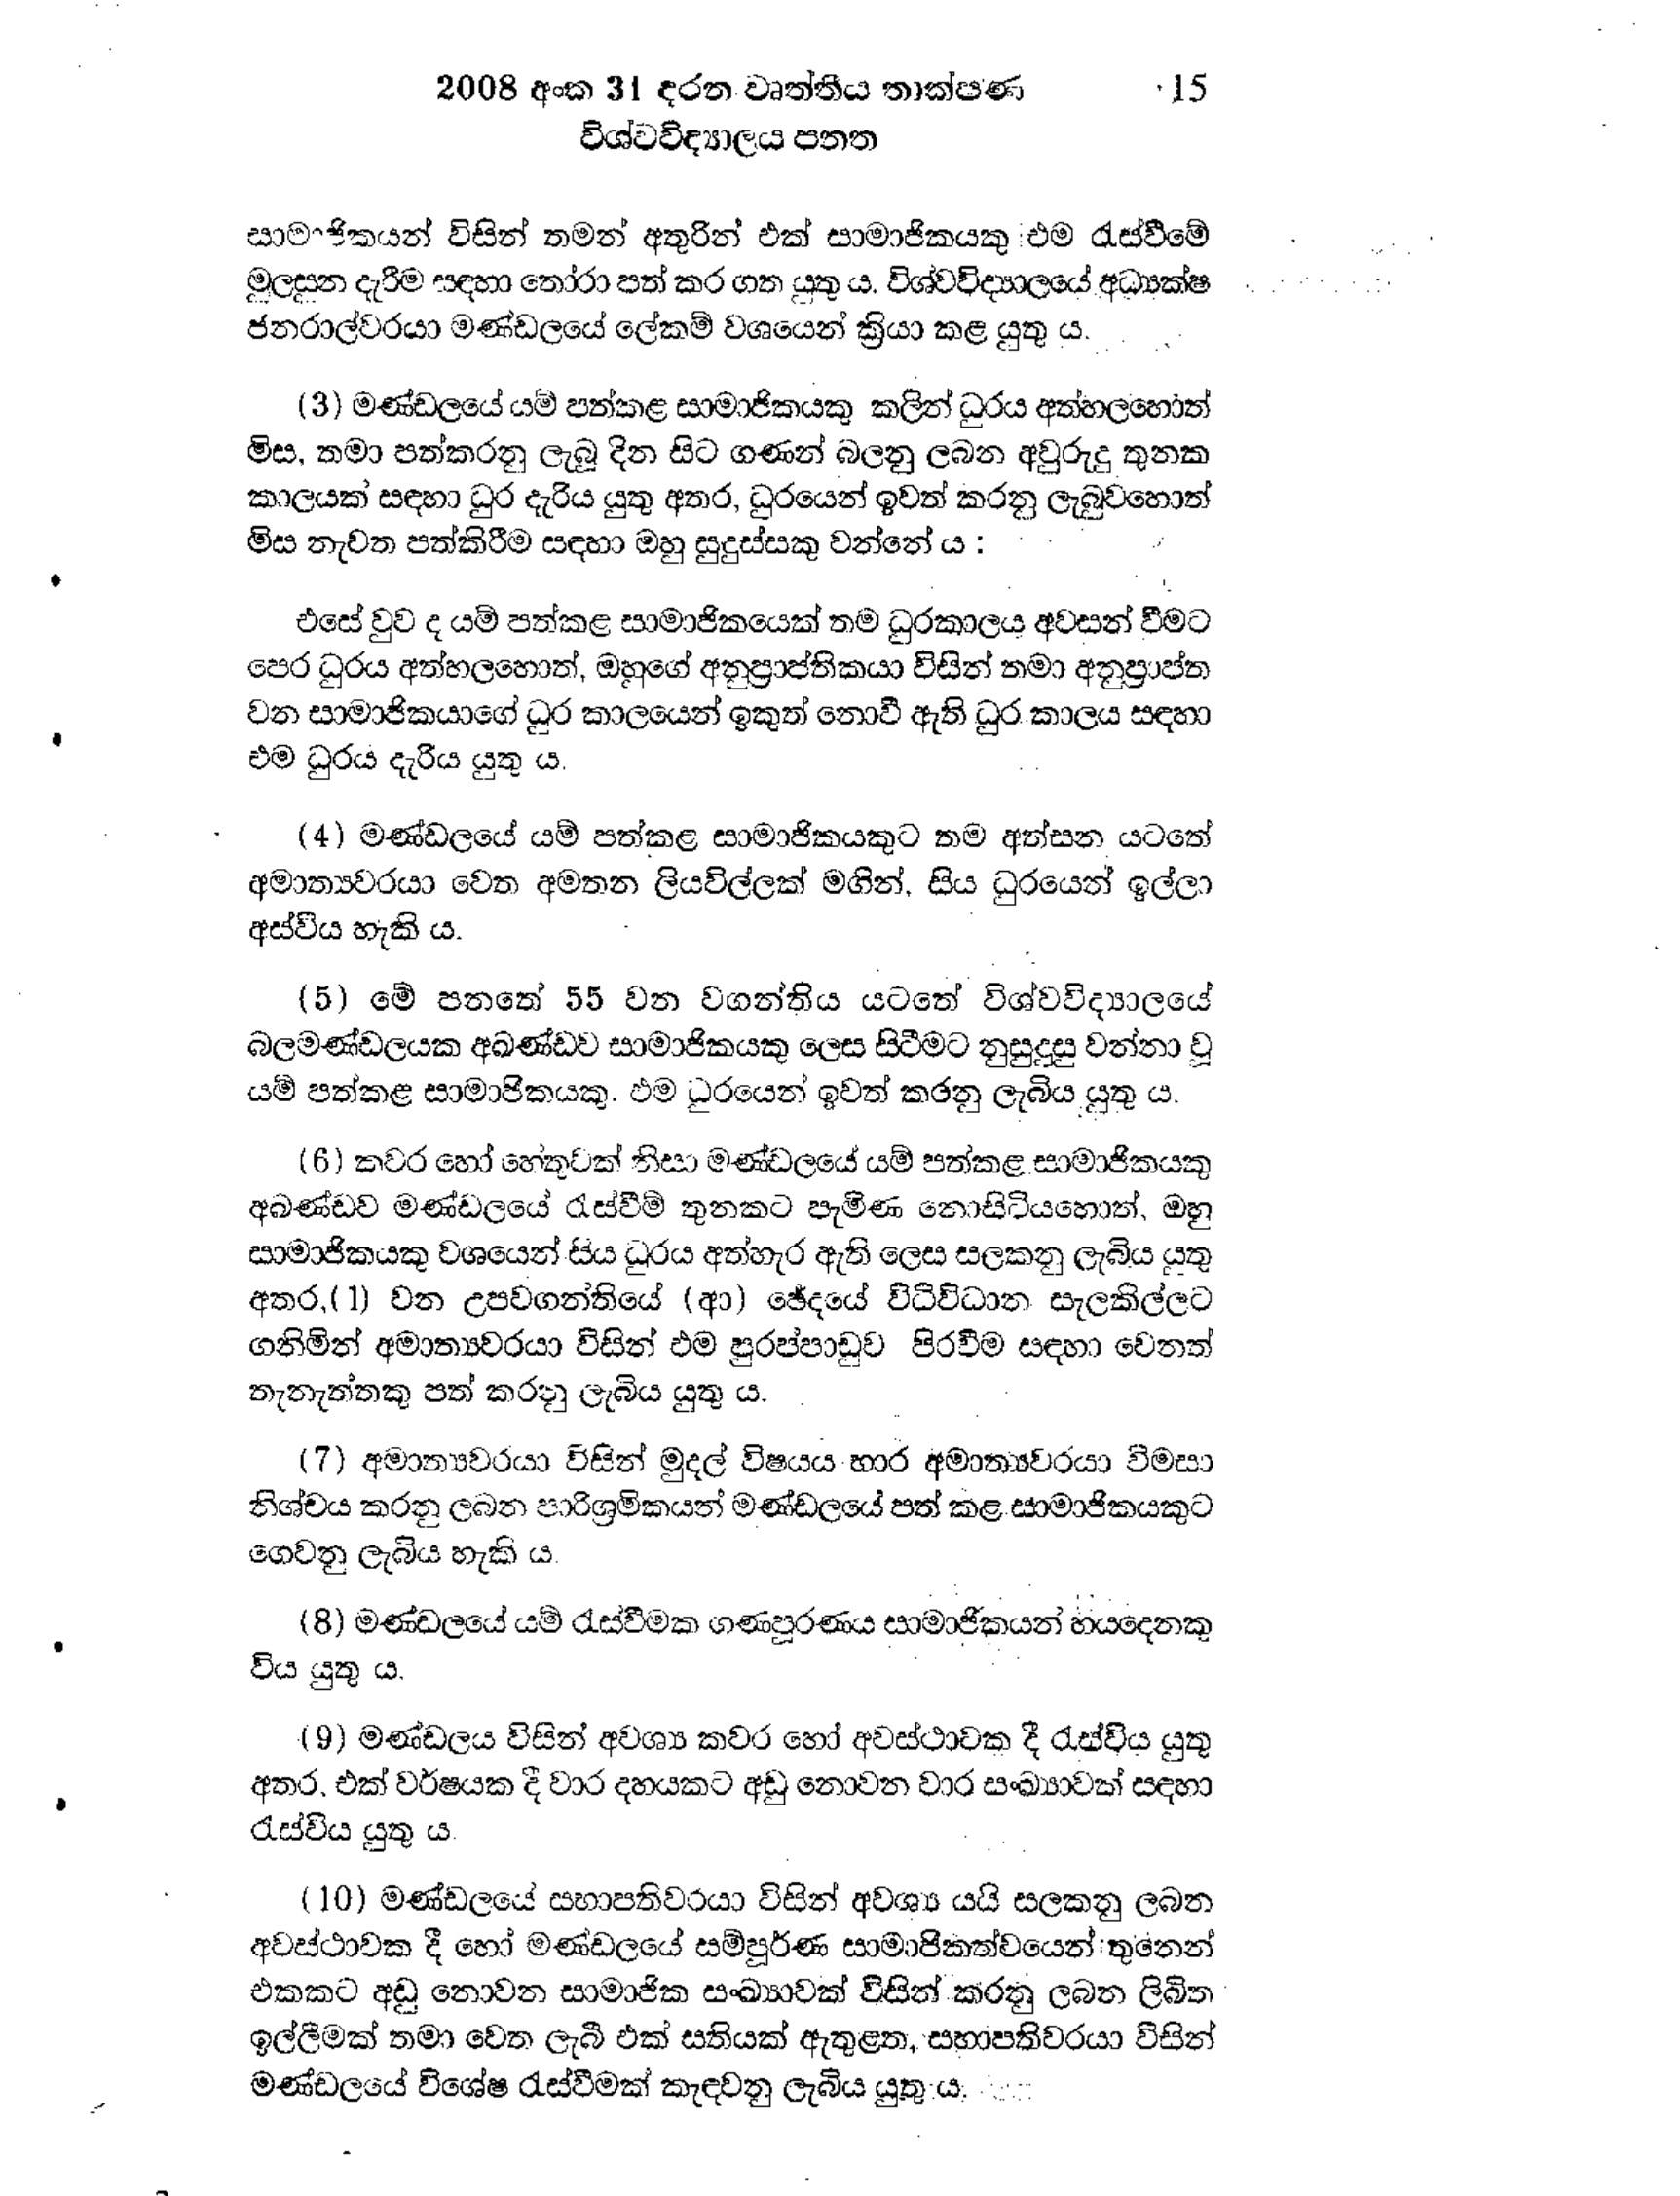
2008 අංක 31 දරන වෘත්තීය තාක්ෂණ 15
විශ්වවිද්‍යාලය පනත

සාමාජිකයන් විසින් තමන් අතුරින් එක් සාමාජිකයකු එම රැස්වීමේ
මුලසුන දැරීම සඳහා තෝරා පත් කර ගත යුතු ය. විශ්වවිද්‍යාලයේ අධ්‍යක්ෂ
ජනරාල්වරයා මණ්ඩලයේ ලේකම් වශයෙන් ක්‍රියා කළ යුතු ය.

(3) මණ්ඩලයේ යම් පත්කළ සාමාජිකයකු කලින් ධුරය අත්හලහොත්
මිස, තමා පත්කරනු ලැබූ දින සිට ගණන් බලනු ලබන අවුරුදු තුනක
කාලයක් සඳහා ධුර දැරිය යුතු අතර, ධුරයෙන් ඉවත් කරනු ලැබුවහොත්
මිස නැවත පත්කිරීම සඳහා ඔහු සුදුස්සකු වන්නේ ය :

එසේ වුව ද යම් පත්කළ සාමාජිකයෙක් තම ධුරකාලය අවසන් වීමට
පෙර ධුරය අත්හලහොත්, ඔහුගේ අනුප්‍රාප්තිකයා විසින් තමා අනුප්‍රාප්ත
වන සාමාජිකයාගේ ධුර කාලයෙන් ඉකුත් නොවී ඇති ධුර කාලය සඳහා
එම ධුරය දැරිය යුතු ය.

(4) මණ්ඩලයේ යම් පත්කළ සාමාජිකයකුට තම අත්සන යටතේ
අමාත්‍යවරයා වෙත අමතන ලියවිල්ලක් මගින්, සිය ධුරයෙන් ඉල්ලා
අස්වීය හැකි ය.

(5) මේ පනතේ 55 වන වගන්තිය යටතේ විශ්ව විද්‍යාලයේ
බලමණ්ඩලයක අඛණ්ඩව සාමාජිකයකු ලෙස සිටීමට නුසුදුසු වන්නා වූ
යම් පත්කළ සාමාජිකයකු. එම ධුරයෙන් ඉවත් කරනු ලැබිය යුතු ය.

(6) කවර හෝ හේතුවක් නිසා මණ්ඩලයේ යම් පත්කළ සාමාජිකයකු
අඛණ්ඩව මණ්ඩලයේ රැස්වීම් තුනකට පැමිණ නොසිටියහොත්, ඔහු
සාමාජිකයකු වශයෙන් සිය ධුරය අත්හැර ඇති ලෙස සලකනු ලැබිය යුතු
අතර,(1) වන උපවගන්තියේ (ආ) ඡේදයේ විධිවිධාන සැලකිල්ලට
ගනිමින් අමාත්‍යවරයා විසින් එම පුරප්පාඩුව පිරවීම සඳහා වෙනත්
තැනැත්තකු පත් කරනු ලැබිය යුතු ය.

(7) අමාත්‍යවරයා විසින් මුදල් විෂයය භාර අමාත්‍යවරයා විමසා
නිශ්චය කරනු ලබන පාරිශ්‍රමිකයන් මණ්ඩලයේ පත් කළ සාමාජිකයකුට
ගෙවනු ලැබිය හැකි ය.

(8) මණ්ඩලයේ යම් රැස්වීමක ගණපුරණය සාමාජිකයන් හයදෙනකු
විය යුතු ය.

(9) මණ්ඩලය විසින් අවශ්‍ය කවර හෝ අවස්ථාවක දී රැස්විය යුතු
අතර, එක් වර්ෂයක දී වාර දහයකට අඩු නොවන වාර සංඛ්‍යාවක් සඳහා
රැස්විය යුතු ය.

(10) මණ්ඩලයේ සභාපතිවරයා විසින් අවශ්‍ය යයි සලකනු ලබන
අවස්ථාවක දී හෝ මණ්ඩලයේ සම්පූර්ණ සාමාජිකත්වයෙන් තුනෙන්
එකකට අඩු නොවන සාමාජික සංඛ්‍යාවක් විසින් කරනු ලබන ලිඛිත
ඉල්ලීමක් තමා වෙත ලැබී එක් සතියක් ඇතුළත, සභාපතිවරයා විසින්
මණ්ඩලයේ විශේෂ රැස්වීමක් කැඳවනු ලැබිය යුතු ය.